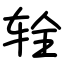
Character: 辁